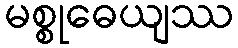
မစ္စုဓေယျဿ